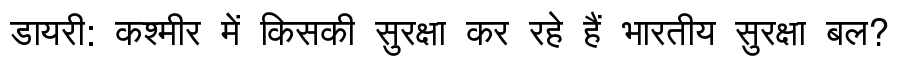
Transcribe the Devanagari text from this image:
डायरी: कश्मीर में किसकी सुरक्षा कर रहे हैं भारतीय सुरक्षा बल?